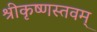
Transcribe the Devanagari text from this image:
श्रीकृष्णस्तवम्